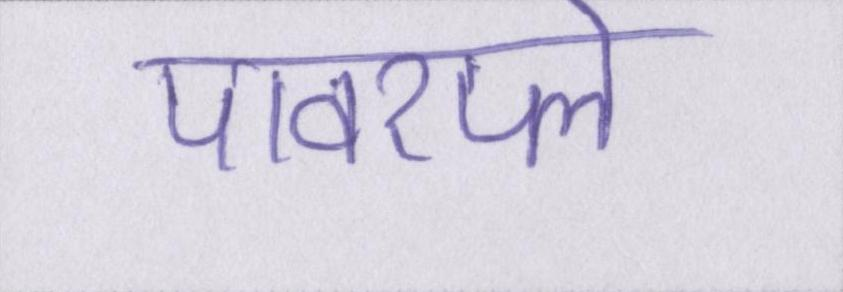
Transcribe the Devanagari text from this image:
पावरप्ले